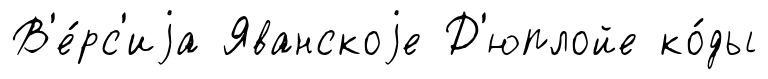
В'е́рс'иjа Яванскоjе Д'юплойе ко́ды